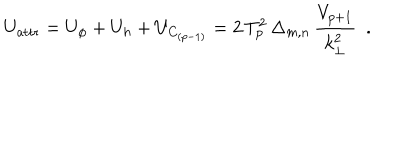
LaTeX: U _ { \mathrm { a t t r } } = U _ { \phi } + U _ { h } + U _ { C _ { ( p - 1 ) } } = 2 \, T _ { p } ^ { 2 } \, \Delta _ { m , n } \, \frac { V _ { p + 1 } } { k _ { \bot } ^ { 2 } } ~ ~ .